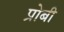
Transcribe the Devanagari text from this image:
प्रोबी